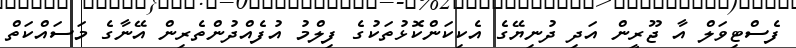
ފެސްޓިވަލް އާ ޖޫރީން އަދި ދުނިޔޭގެ އެކިކަންކޮޅުތަކުގެ ފިލްމު އުފެއްދުންތެރިން އޭނާގެ މަސައްކަތް